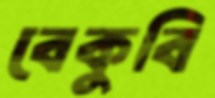
বেকুবি